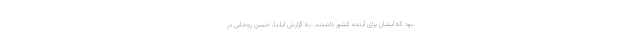
بود که ایشان برای آینده کشور داشتند. به گزارش ایلنا، حسن روحانی در